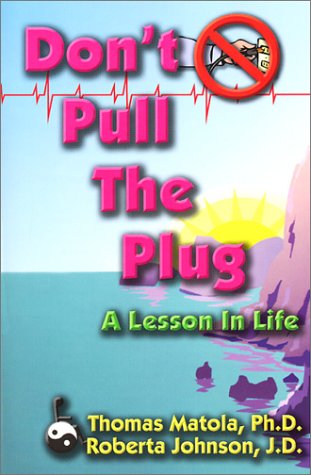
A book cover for Don't Pull the Plug: A Lesson in Life; Thomas Matola; Health, Fitness & Dieting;